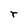
Character: r